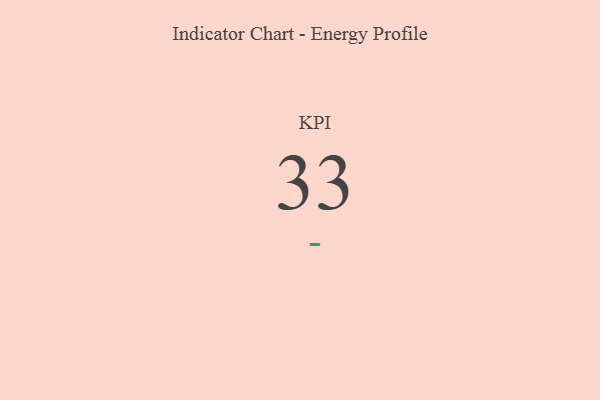
{"axis": {"x": "KPI", "y": "Value"}, "legend": [""], "data": [{"x": "KPI", "y": 33, "type": ""}]}